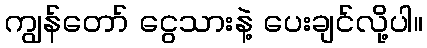
ကျွန်တော် ငွေသားနဲ့ ပေးချင်လို့ပါ။